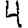
Digit: 4